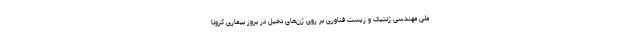
ملی مهندسی ژنتیک و زیست فناوری بر روی ژن‌های دخیل در بروز بیماری کرونا